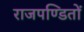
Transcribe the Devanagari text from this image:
राजपण्डितों